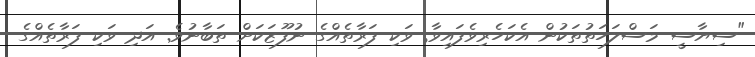
"ސިޔާސީ މަސްލަހަތުތަކުން އެކަހެރިވެފައިވާ